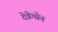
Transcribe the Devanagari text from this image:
देव्रेत्सेन